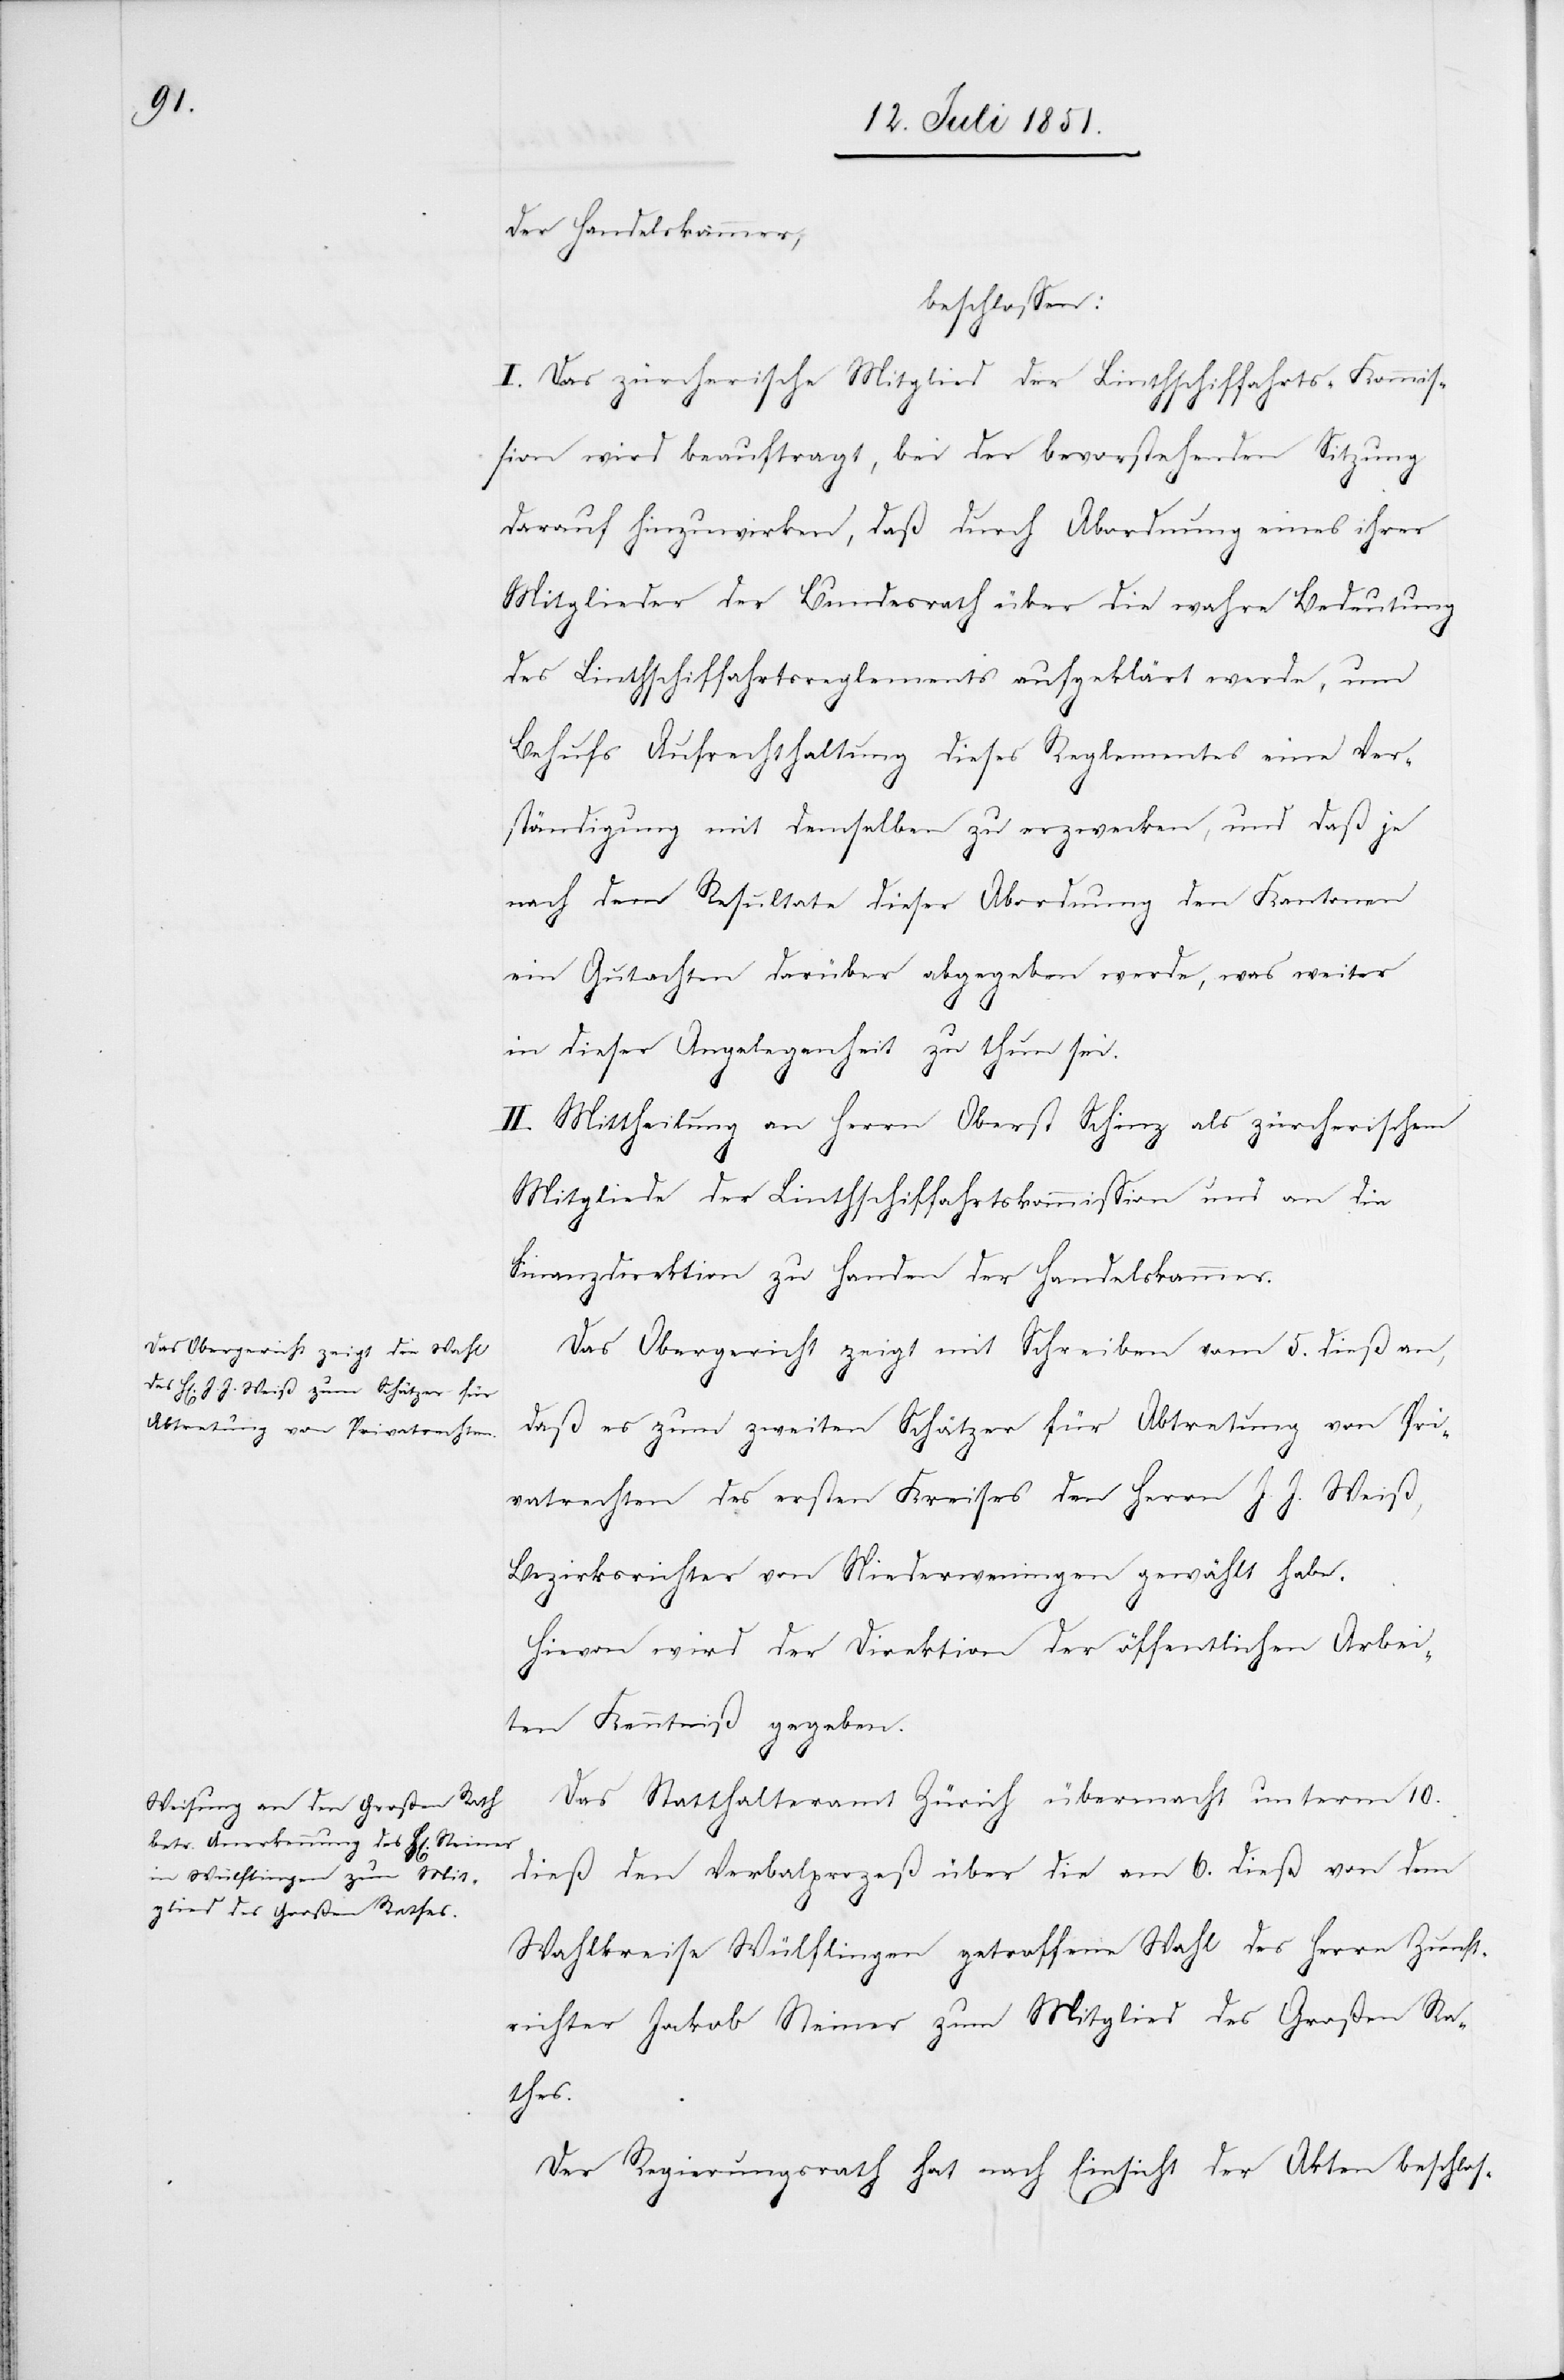
der Handelskammer,
beschlossen:
I. Das zürcherische Mitglied der Linthschiffahrts-Kommis¬
sion wird beauftragt, bei der bevorstehenden Sitzung
darauf hinzuwirken, daß durch Abordnung eines ihrer
Mitglieder der Bundesrath über die wahre Bedeutung
des Linthschiffahrtsreglements aufgeklärt werde, um
Behufs Aufrechthaltung dieses Reglementes eine Ver¬
ständigung mit demselben zu erzwecken, und daß je
nach dem Resultate dieser Abordnung den Kantonen
ein Gutachten darüber abgegeben werde, was weiter
in dieser Angelegenheit zu thun sei.
II. Mittheilung an Herrn Oberst Schinz als zürcherischem
Mitgliede der Linthschiffahrtskommission und an die
Finanzdirektion zu Handen der Handelskammer.
Das Obergericht zeigt mit Schreiben vom 5. dieß an,
daß es zum zweiten Schätzer für Abtretung von Pri¬
vatrechten des ersten Kreises den Herrn J. J. Weiß,
Bezirksrichter von Niederweningen gewählt habe.
Hievon wird der Direktion der öffentlichen Arbei¬
ten Kenntniß gegeben.
Das Statthalteramt Zürich übermacht unterm 10.
dieß den Verbalprozeß über die am 6. dieß von dem
Wahlkreise Wülflingen getroffene Wahl des Herrn Zunft¬
richter Jakob Steiner zum Mitglied des Großen Ra¬
thes.
Der Regierungsrath hat nach Einsicht der Akten beschlos-